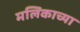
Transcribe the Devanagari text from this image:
मलिकाच्या